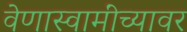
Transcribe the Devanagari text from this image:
वेणास्वामींच्यावर